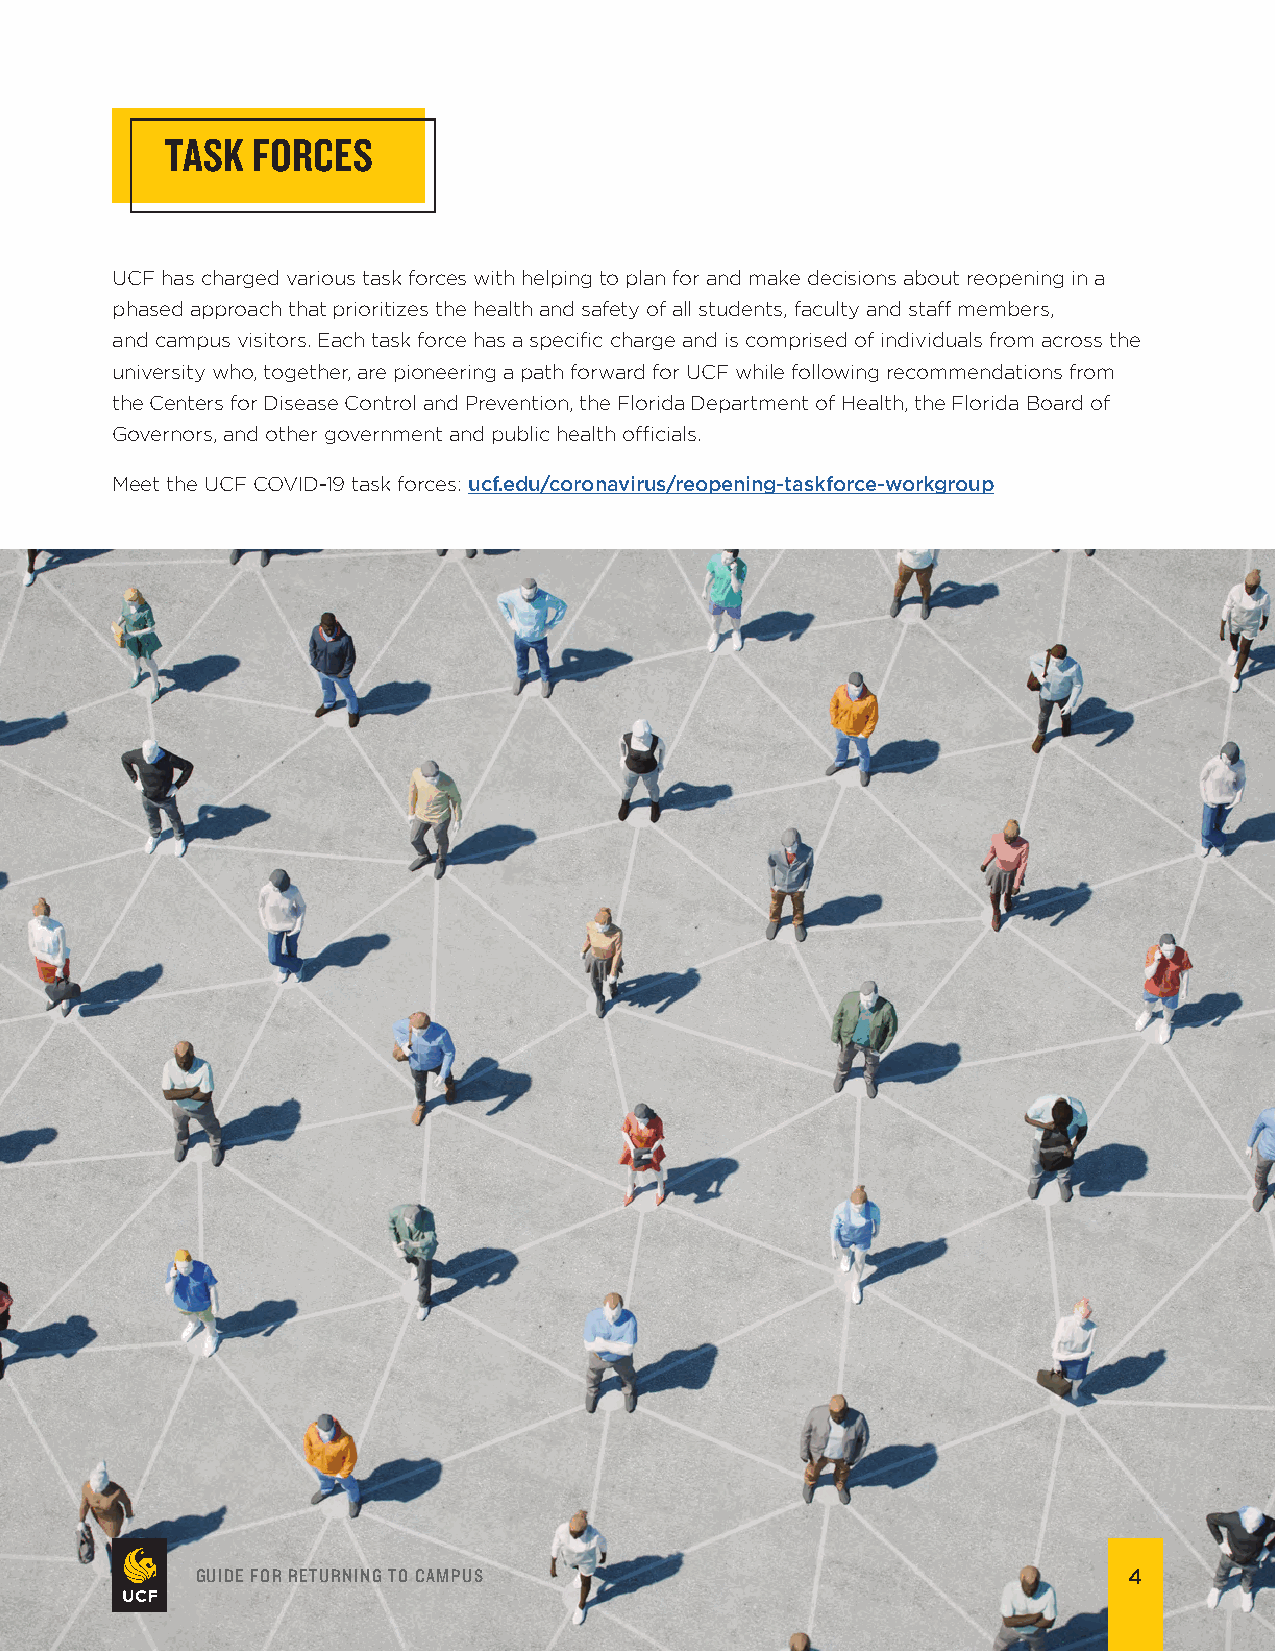
TASK  FORCES
 UCF has charged various task forces with helping to plan for and make decisions about reopening in a
 phased approach that prioritizes the health and safety of all students, faculty and staf members,
 and campus visitors. Each task force has a specifc charge and is comprised of individuals from across the
 university who, together, are pioneering a path forward for UCF while following recommendations from
 the Centers for Disease Control and Prevention, the Florida Department of Health, the Florida Board of
 Governors, and other government and public health ofcials.
 Meet the UCF COVID-19 task forces: ucf.edu/coronavirus/reopening-taskforce-workgroup
 GUIDE FOR RETURNING TO CAMPUS                                 4